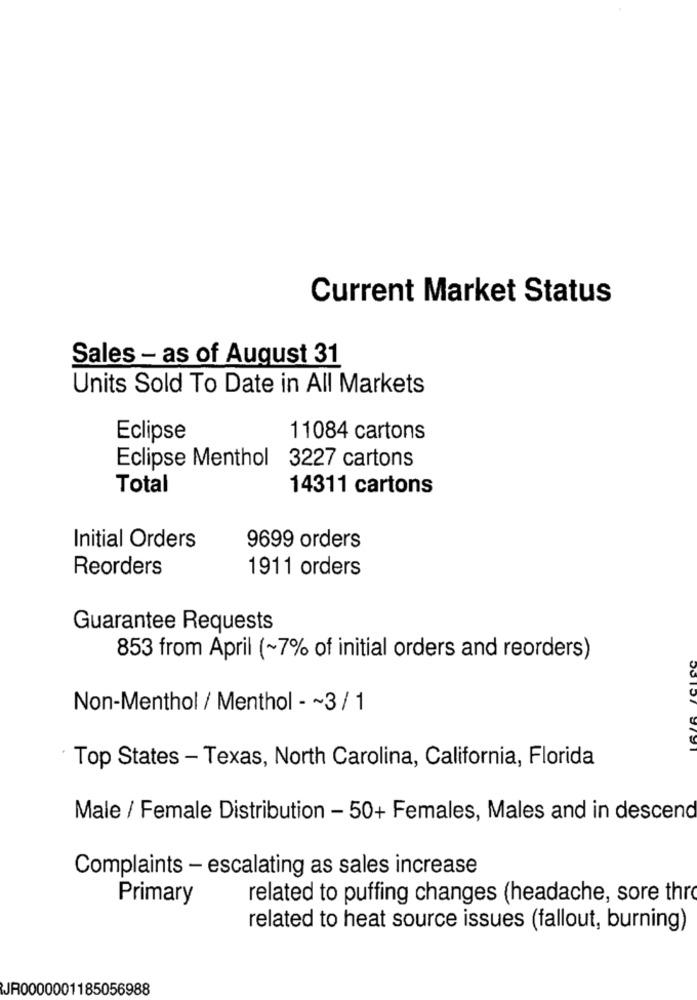
Current Market Status
Sales - as of August 31
Units Sold To Date in All Markets
Eclipse
11084 cartons
Eclipse Menthol
3227 cartons
Total
14311 cartons
Initial Orders
9699 orders
Reorders
1911 orders
Guarantee Requests
853 from April (~7% of initial orders and reorders)
Non-Menthol / Menthol - ~ 3 / 1
Top States - Texas, North Carolina, California, Florida
Male / Female Distribution - 50+ Females, Males and in descend
Complaints - escalating as sales increase
Primary
related to puffing changes (headache, sore thro
related to heat source issues (fallout, burning)
JR0000001185056988